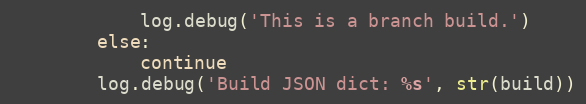
Language: Python
            log.debug('This is a branch build.')
        else:
            continue
        log.debug('Build JSON dict: %s', str(build))